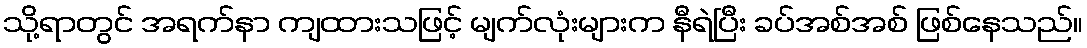
သို့ရာတွင် အရက်နာ ကျထားသဖြင့် မျက်လုံးများက နီရဲပြီး ခပ်အစ်အစ် ဖြစ်နေသည်။